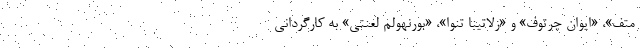
متف»، «ایوان چرتوف» و «زلاتینا تنوا»، «بورنهولم لعنتی» به کارگردانی